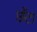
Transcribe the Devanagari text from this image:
छँटा